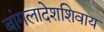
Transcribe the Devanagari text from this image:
बांगलादेशशिवाय